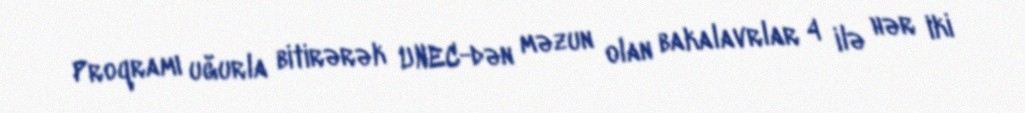
Proqramı uğurla bitirərək UNEC-dən məzun olan bakalavrlar 4 ilə hər iki